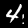
Digit: 4